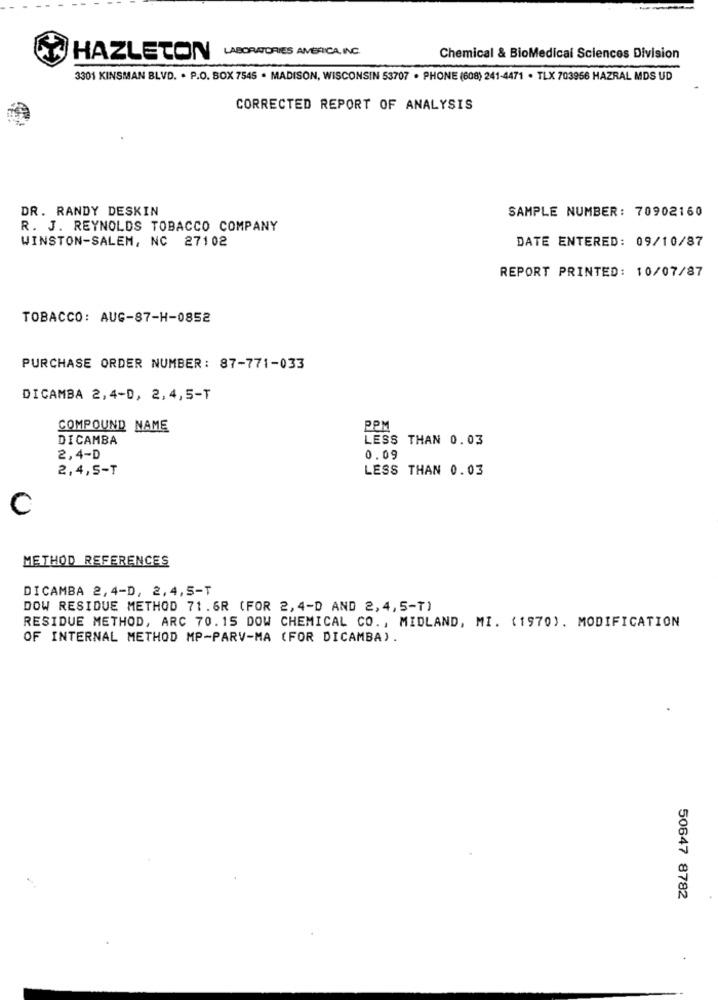
HAZLETON LABORATORIES AMERICA INC.
Chemical & BioMedical Sciences Division
3301 KINSMAN BLVD. . P.O. BOX 7545 . MADISON, WISCONSIN 53707 · PHONE (608) 241-4471 . TLX 703956 HAZRAL MDS UD
CORRECTED REPORT OF ANALYSIS
DR. RANDY DESKIN
SAMPLE NUMBER: 70902160
R. J. REYNOLDS TOBACCO COMPANY
WINSTON-SALEM, NC 27102
DATE ENTERED: 09/10/87
REPORT PRINTED: 10/07/87
TOBACCO: AUG-87-H-0852
PURCHASE ORDER NUMBER: 87-771-033
DICAMBA 2,4-D, 2,4,5-T
COMPOUND NAME
PPM
DICAMBA
LESS THAN 0.03
2,4-D
0.09
2,4,5-T
LESS THAN 0.03
METHOD REFERENCES
DICAMBA 2,4-D, 2,4,5-T
DOW RESIDUE METHOD 71.6R (FOR 2,4-D AND 2,4, 5-T)
RESIDUE METHOD, ARC 70.15 DOW CHEMICAL CO ., MIDLAND, MI. (1970). MODIFICATION
OF INTERNAL METHOD MP-PARV-MA (FOR DICAMBA).
50647 8782